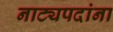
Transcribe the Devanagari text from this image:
नाट्यपदांना